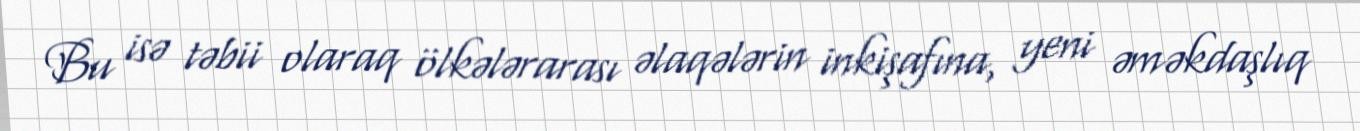
Bu isə təbii olaraq ölkələrarası əlaqələrin inkişafına, yeni əməkdaşlıq